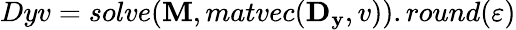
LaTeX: Dyv=solve(\mathbf{M},matvec(\mathbf{D_{y}},v)).round(\varepsilon)